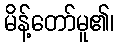
မိန့်တော်မူ၏၊